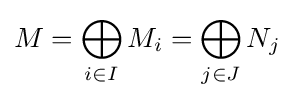
M=\bigoplus _{i\in I}M_{i}=\bigoplus _{j\in J}N_{j}